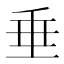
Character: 垂